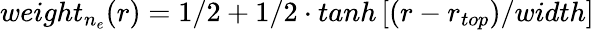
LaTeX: weight_{n_{e}}(r)=1/2+1/2\cdot tanh\left[(r-r_{top})/width\right]